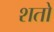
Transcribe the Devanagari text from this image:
शतो